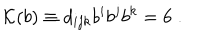
{ \cal { K } } ( b ) \equiv d _ { i j k } b ^ { i } b ^ { j } b ^ { k } = 6 \; .